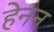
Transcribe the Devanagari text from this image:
हेनन